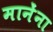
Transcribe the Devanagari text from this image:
मानेंना